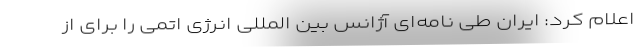
اعلام کرد: ایران طی نامه‌ای ‌آژانس بین المللی انرژی اتمی را برای از